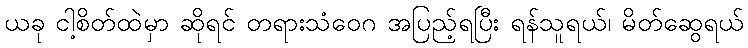
ယခု ငါ့စိတ်ထဲမှာ ဆိုရင် တရားသံဝေဂ အပြည့်ရပြီး ရန်သူရယ်၊ မိတ်ဆွေရယ်